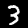
Label: 3